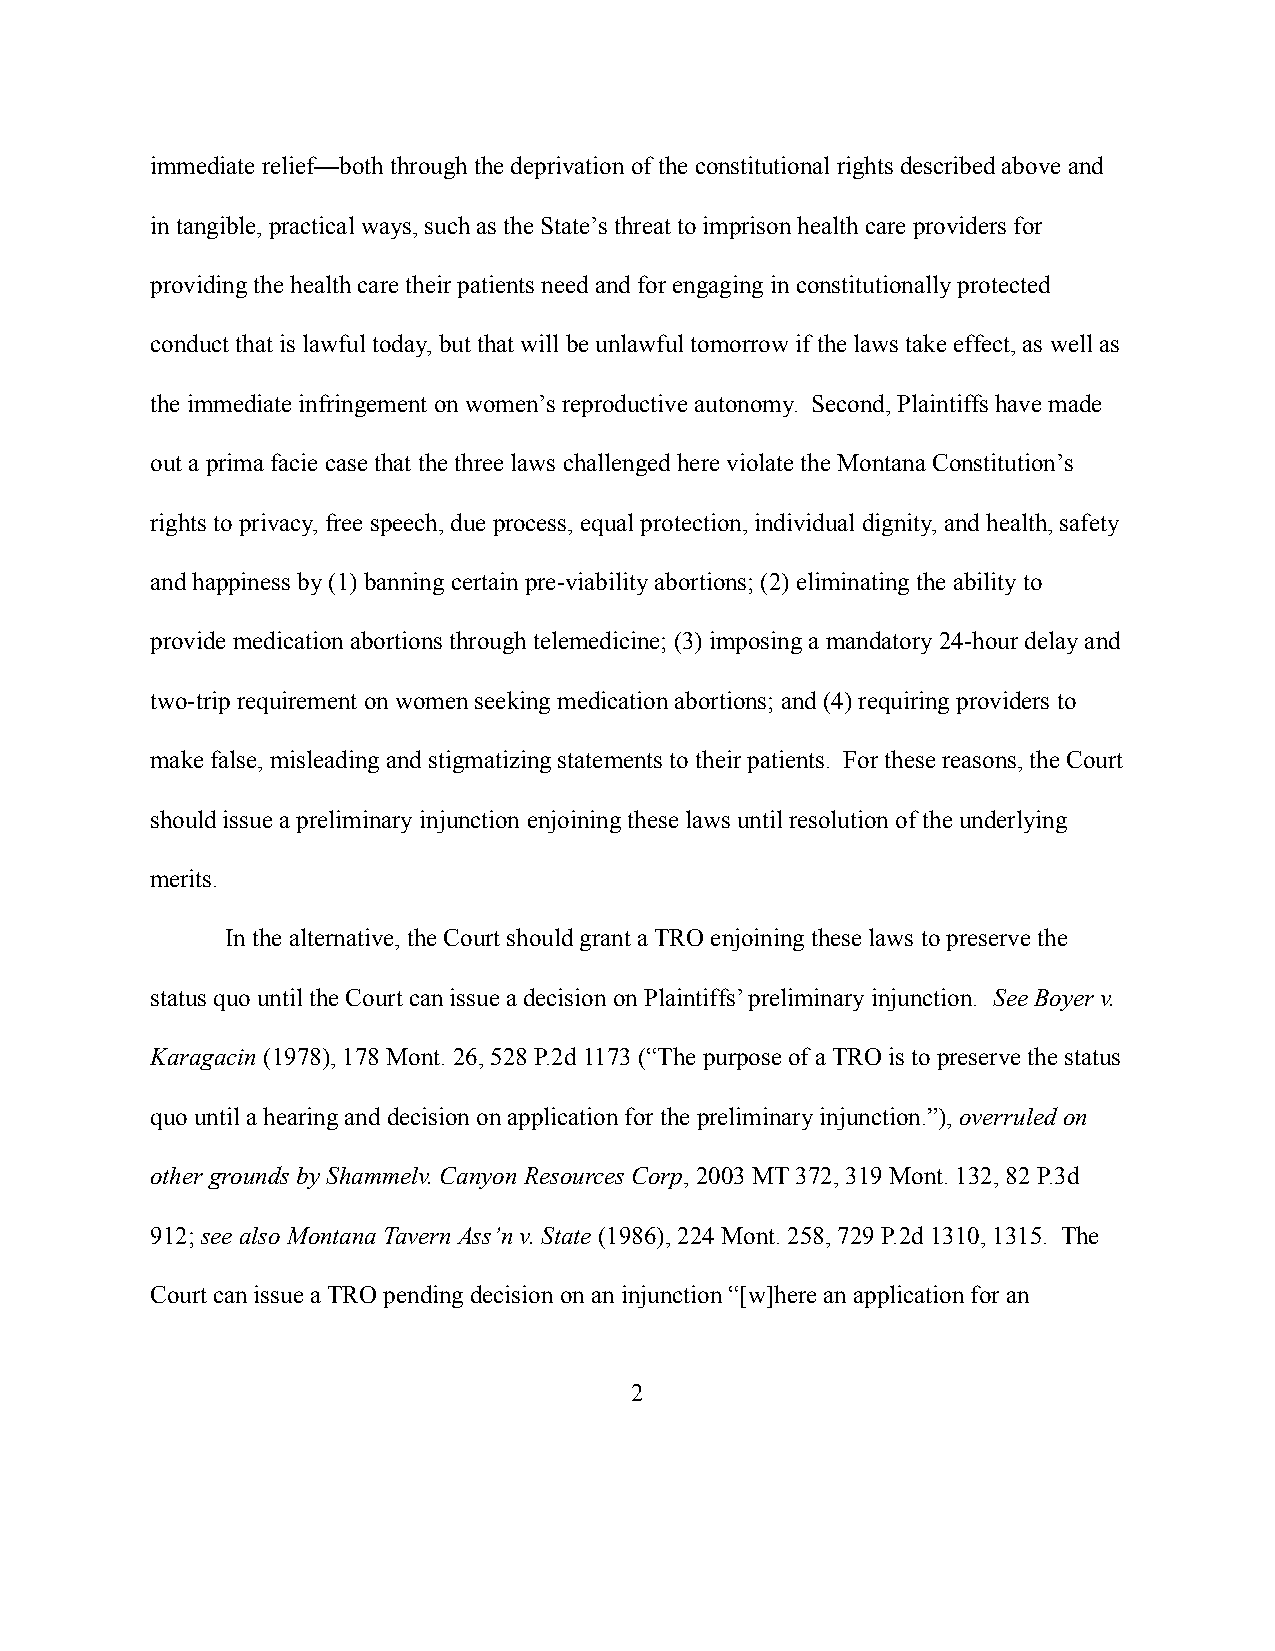
immediate relief—both through the deprivation of the constitutional rights described above and
 in tangible, practical ways, such as the State’s threat to imprison health care providers for
 providing the health care their patients need and for engaging in constitutionally protected
 conduct that is lawful today, but that will be unlawful tomorrow if the laws take effect, as well as
 the immediate infringement on women’s reproductive autonomy. Second, Plaintiffs have made
 out a prima facie case that the three laws challenged here violate the Montana Constitution’s
 rights to privacy, free speech, due process, equal protection, individual dignity, and health, safety
 and happiness by (1) banning certain pre-viability abortions; (2) eliminating the ability to
 provide medication abortions through telemedicine; (3) imposing a mandatory 24-hour delay and
 two-trip requirement on women seeking medication abortions; and (4) requiring providers to
 make false, misleading and stigmatizing statements to their patients. For these reasons, the Court
 should issue a preliminary injunction enjoining these laws until resolution of the underlying
 merits.
 In the alternative, the Court should grant a TRO enjoining these laws to preserve the
 status quo until the Court can issue a decision on Plaintiffs’ preliminary injunction. See Boyer v.
 Karagacin (1978), 178 Mont. 26, 528 P.2d 1173 (“Thepurpose of a TRO is to preserve the status
 quo until a hearing and decision on application for the preliminary injunction.”), overruled on
 other grounds by Shammelv. Canyon Resources Corp,2003 MT 372, 319 Mont. 132, 82 P.3d
 912; see also Montana Tavern Ass’n v. State (1986), 224 Mont. 258, 729 P.2d 1310, 1315. The
 Court can issue a TRO pending decision on an injunction “[w]here an application for an
 2